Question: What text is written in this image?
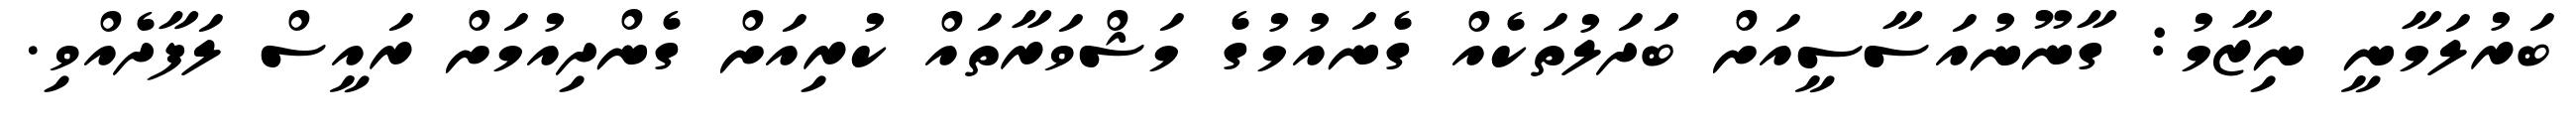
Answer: ބަރުލަމާނީ ނިޒާމު: ގާނޫނުއަސާސީއަށް ބަަދަލުތަކެއް ގެނައުމުގެ މަޝްވަރާތައް ކުރިއަށް ގެންދިއުމަށް ރައީސް ލަފާދެއްވި.